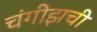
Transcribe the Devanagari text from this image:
चंगीझची